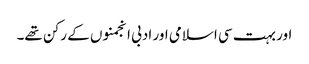
اور بہت سی اسلامی اور ادبی انجمنوں کے رکن تھے۔